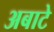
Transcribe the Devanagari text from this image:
अबाटे